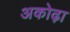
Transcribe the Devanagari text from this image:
अकोढ़ा